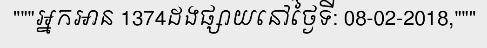
"""អ្នកអាន 1374ដងផ្សាយនៅថ្ងៃទី: 08-02-2018,"""